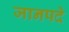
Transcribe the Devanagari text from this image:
जानपदे